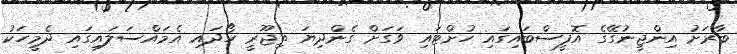
ބާރަށު އިންޖީނުގޭގެ އޮފީސްބައިގައި ހުށްޓައި ވަގަށް ގެންދިޔަ ތިޖޫރީ ހޯދައި އެމައްސަލައިގައި ދެމީހަކު